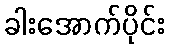
ခါးအောက်ပိုင်း